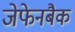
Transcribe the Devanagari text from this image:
जेफेनबैक